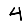
Digit: 4